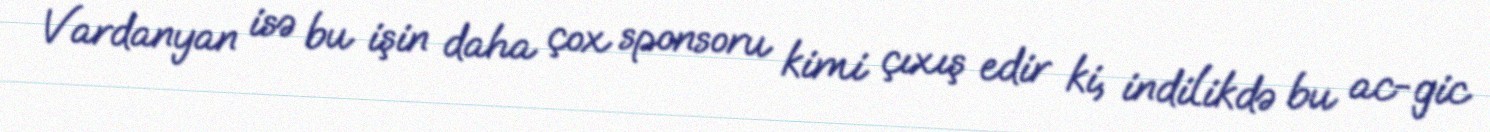
Vardanyan isə bu işin daha çox sponsoru kimi çıxış edir ki, indilikdə bu ac-gic